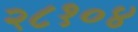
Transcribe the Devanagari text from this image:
२८१०४